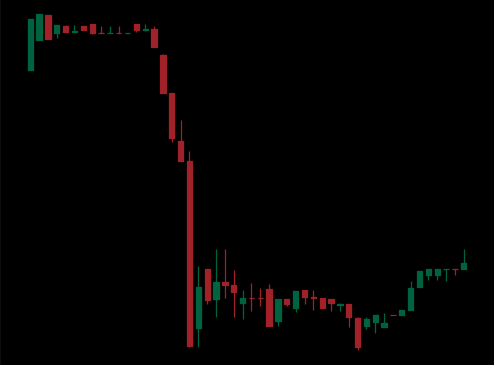
Pattern: bull_flag